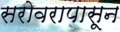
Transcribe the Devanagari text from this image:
सरोवरापासून